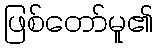
ဖြစ်တော်မူ၏